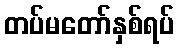
တပ်မတော်နှစ်ရပ်